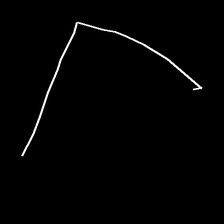
Glyph: region